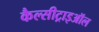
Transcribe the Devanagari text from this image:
कैल्सीट्राइऑल